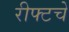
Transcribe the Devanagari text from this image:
रीफ्टचे